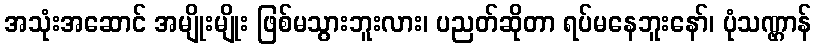
အသုံးအဆောင် အမျိုးမျိုး ဖြစ်မသွားဘူးလား၊ ပညတ်ဆိုတာ ရပ်မနေဘူးနော်၊ ပုံသဏ္ဌာန်